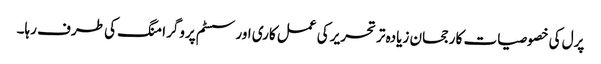
پرل کی خصوصیات کا رجحان زیادہ تر تحریر کی عمل کاری اور سسٹم پروگرامنگ کی طرف رہا۔